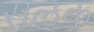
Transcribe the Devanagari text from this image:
सलक